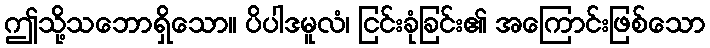
ဤသို့သဘောရှိသော။ ပိပါဒမူလံ၊ ငြင်းခုံခြင်း၏ အကြောင်းဖြစ်သော